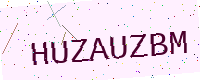
Text: HUZAUZBM